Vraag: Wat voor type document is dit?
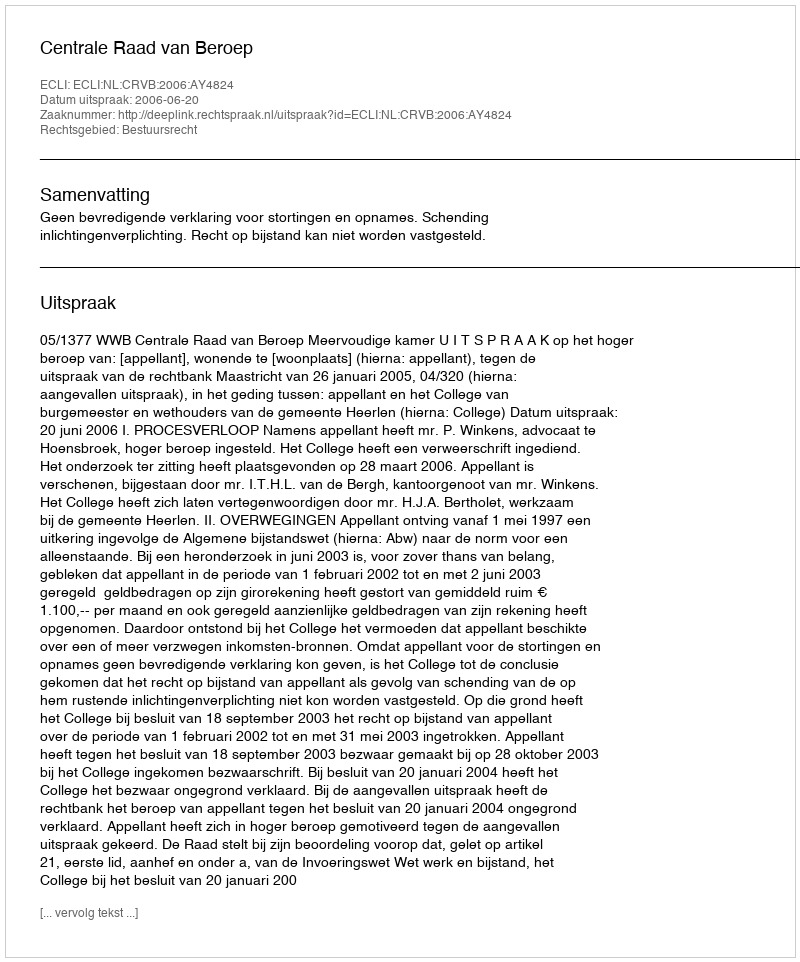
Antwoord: Uitspraak